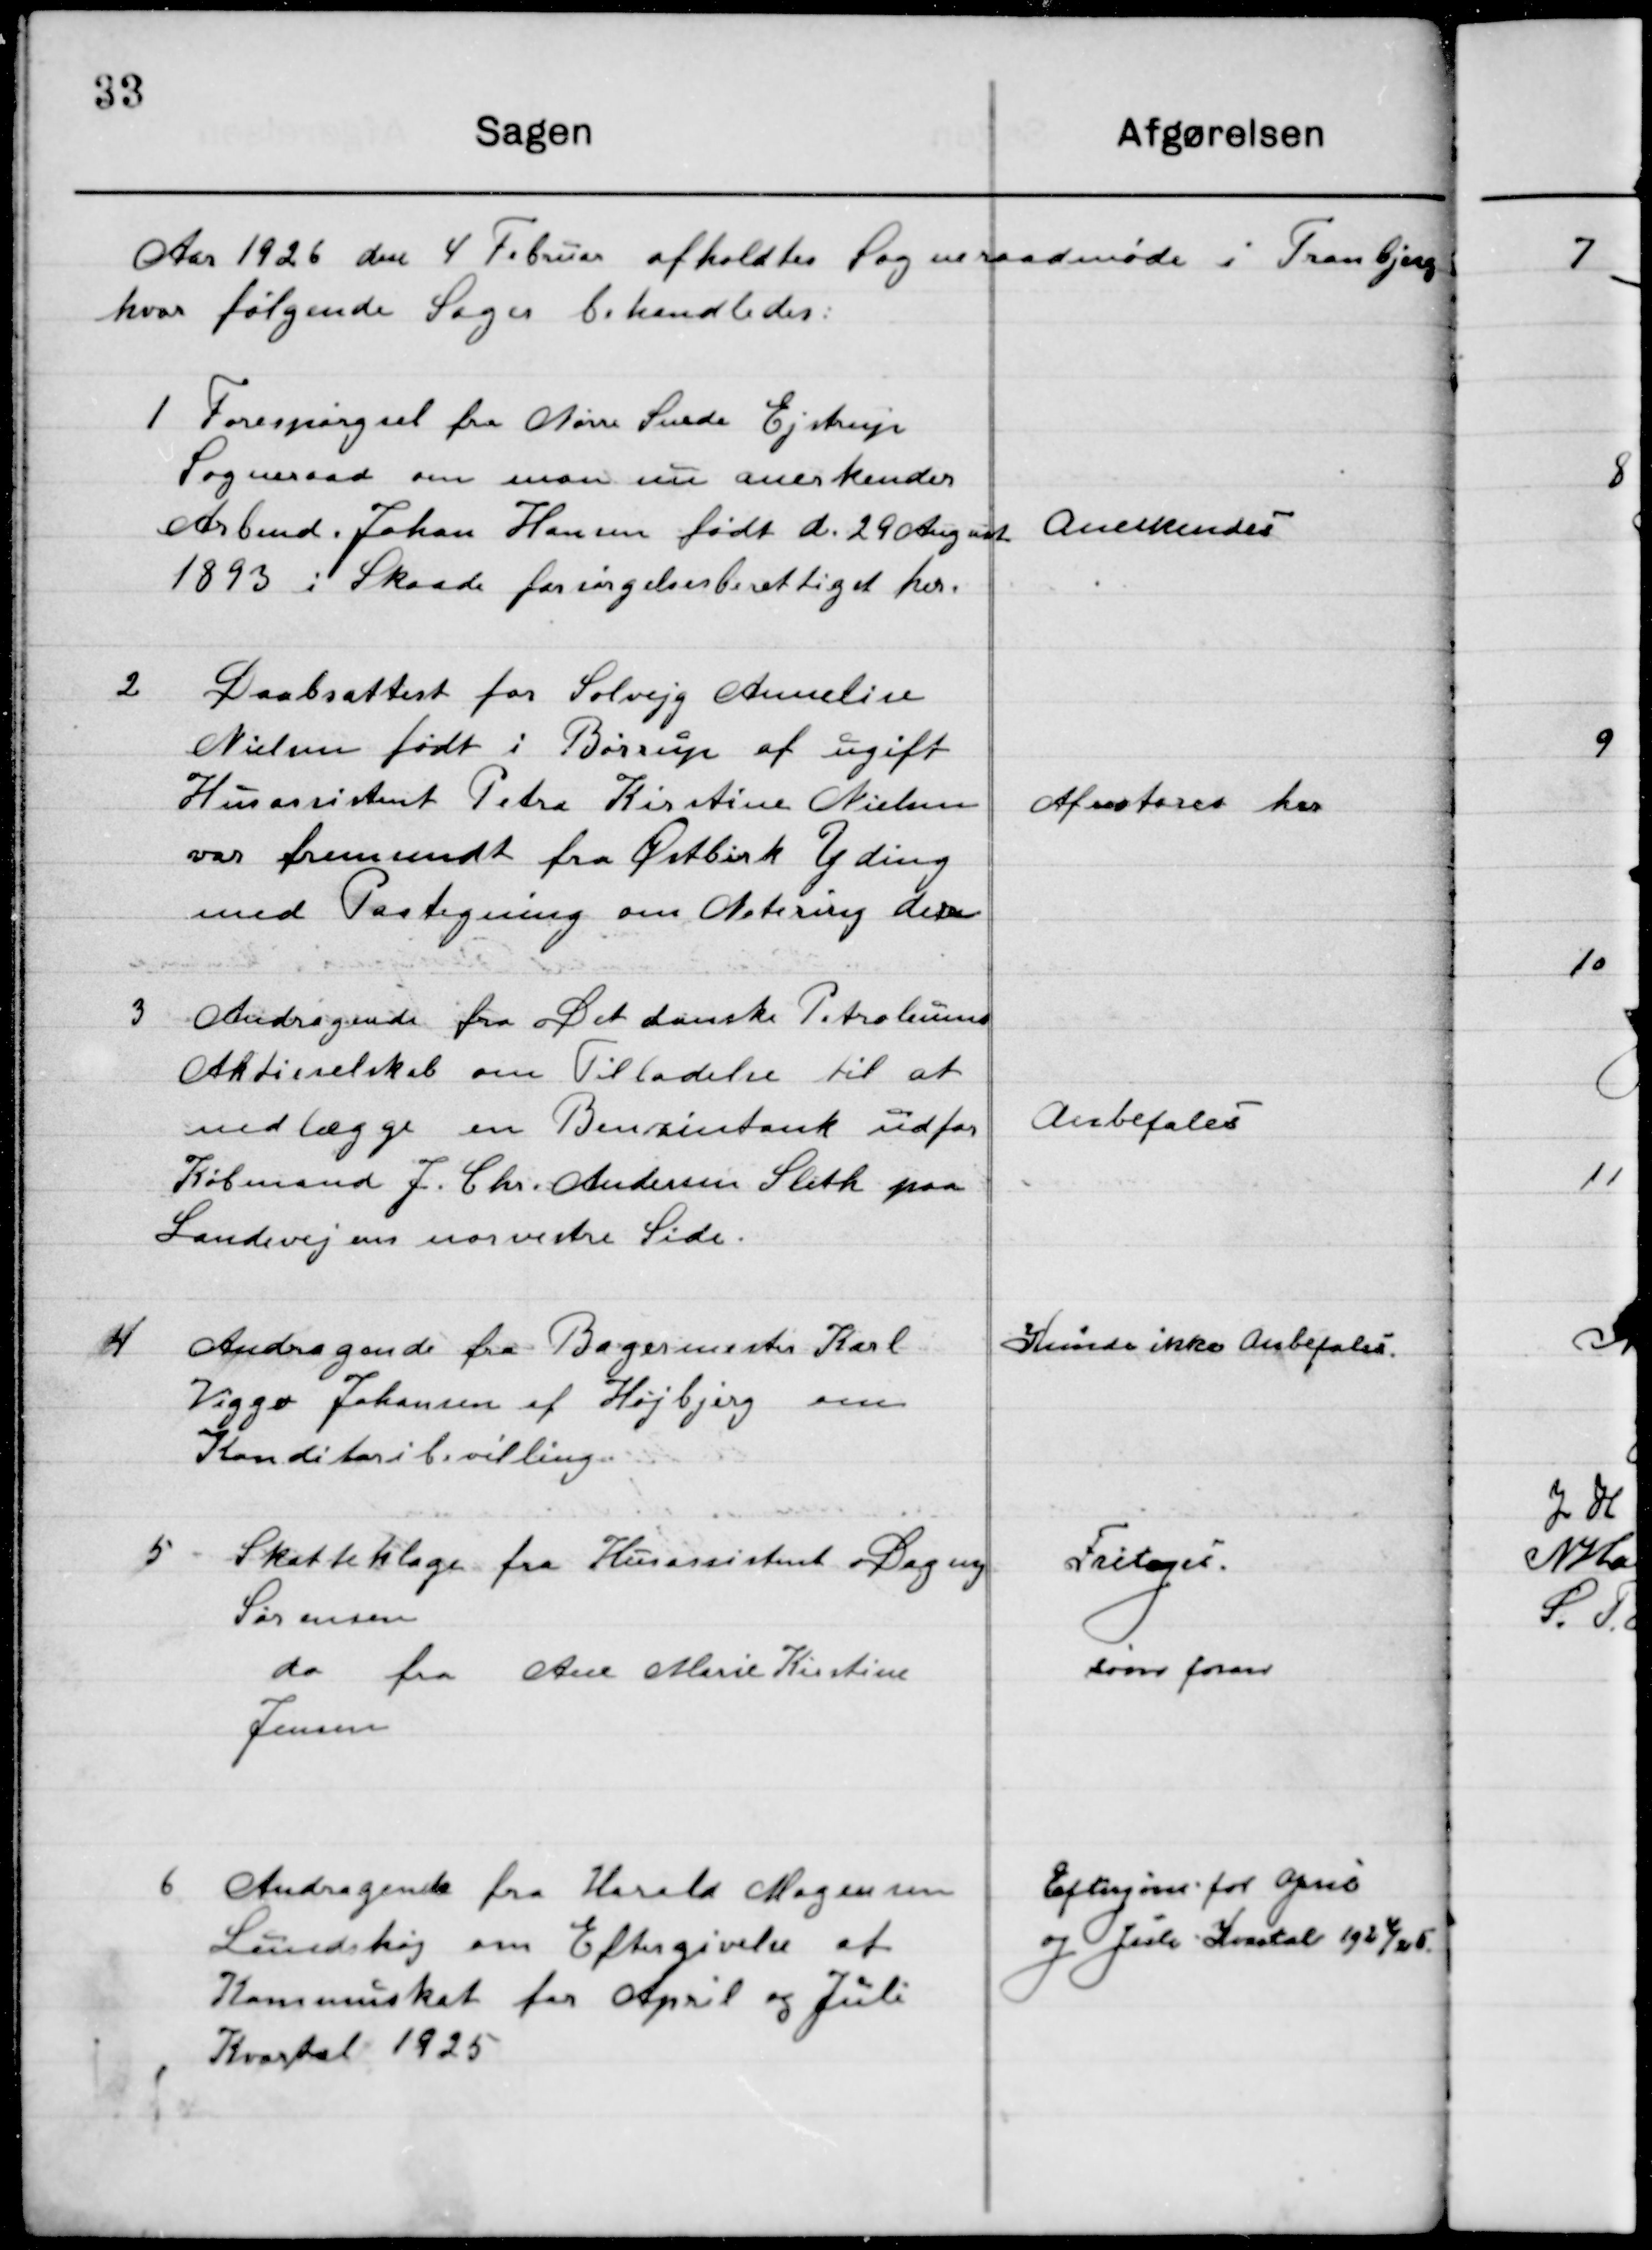
Transskription:
Aar 1926 den 4 Februar afholdtes Sogneraadsmøde i Tranbjerg 
hvor følgende Sager behandledes:

1

Forespørgsel fra Nørre Snede Ejstrup
Sogneraad om man nu anerkender
Arbmd. Johan Hansen født d. 29 August
1893 i Skaade forsørgelsesberettiget her.

Anerkendes

2

Daabsattest fra Solvejg Annelise
Nielsen født i Børup af ugift
Husassistent Petra Kirstine Nielsen
var fremsendt fra Østbirk Yding 
med Paategning om Notering der

Afnoteret her

3

Andragende fra Det danske Petroleum
Aktieselskab om Tilladelse til at
nedlægge en Benzintank udfor  
Købmand J. Chr. Andersen Sleth paa
Landevejen om norvestre Side.

Anbefales

4

Andragende fra Bagermester Karl
Viggo Johansen af Højbjerg om 
Konditorbevilling.

Kunde ikke Anbefales

5

Skatteklage fra Husassistent Dagny
Sørensen
		do		fra Ane Marie Kirstine 
Jensen

Fritages.
som foran

6

Andragende fra Karla Mogensen
Lundshøj, om Eftergivelse af
Kommuneskat fra for April og Juli 
Kvartal 1925

Eftergives for April
og Juli Kvartal 1924/25